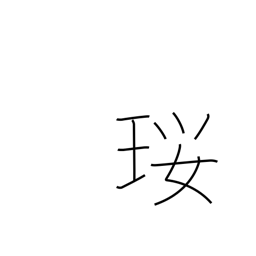
Meaning: a necklace made of precious stones